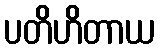
ပတိဟိတာယ